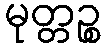
မုတ္တဉ္စ